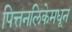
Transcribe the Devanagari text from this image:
पित्तनलिकेमधून